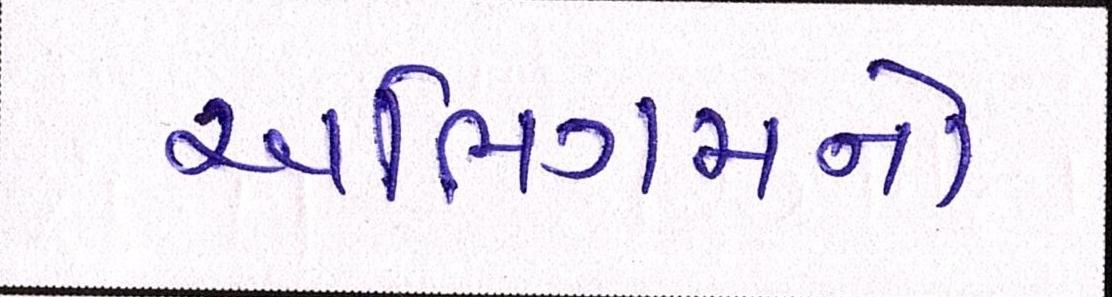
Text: અભિગમનો